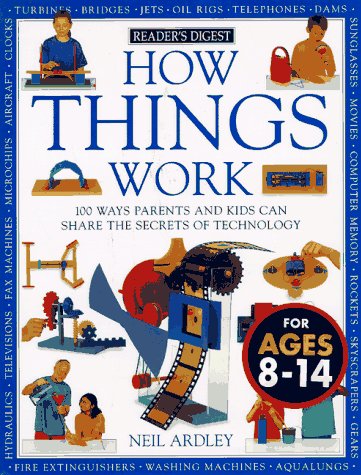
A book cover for How Things Work: 100 Ways Parents and Kids Can Share the Secrets of Technology; Neil Ardley; Science & Math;